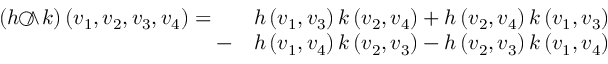
{ \begin{array} { r l } { ( h { ~ \wedge \! \! \! \! \! \! \! \! \; \bigcirc ~ } k ) \left( v _ { 1 } , v _ { 2 } , v _ { 3 } , v _ { 4 } \right) = \quad } & { h \left( v _ { 1 } , v _ { 3 } \right) k \left( v _ { 2 } , v _ { 4 } \right) + h \left( v _ { 2 } , v _ { 4 } \right) k \left( v _ { 1 } , v _ { 3 } \right) } \\ { - } & { h \left( v _ { 1 } , v _ { 4 } \right) k \left( v _ { 2 } , v _ { 3 } \right) - h \left( v _ { 2 } , v _ { 3 } \right) k \left( v _ { 1 } , v _ { 4 } \right) } \end{array} }